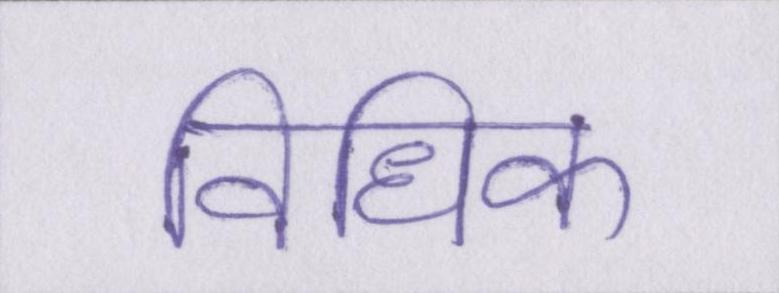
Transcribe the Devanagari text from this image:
विधिक